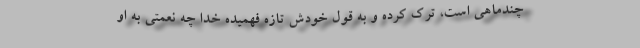
چندماهی است، ترک کرده و به قول خودش تازه فهمیده خدا چه نعمتی به او